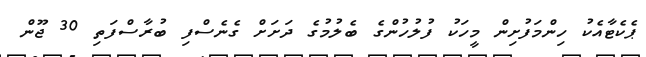
ޕެކެޓާއެކު ހިންމަފުށިން މީހަކު ފުލުހުންގެ ބެލުމުގެ ދަށަށް ގެނެސްފި ބުރާސްފަތި 30 ޖޫން